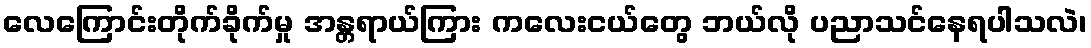
လေကြောင်းတိုက်ခိုက်မှု အန္တရာယ်ကြား ကလေးငယ်တွေ ဘယ်လို ပညာသင်နေရပါသလဲ၊